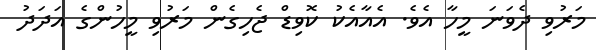
މަރުވި ދެވަނަ މީހާ އެވެ. އެއާއެކު ކޮވިޑް ޖެހިގެން މަރުވި މީހުންގެ އަދަދު